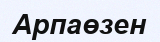
Арпаөзен